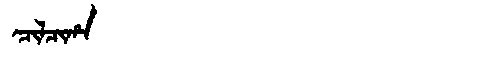
Manchu: ᠴᡳᠯᠴᡳᡥᠠ
Romanization: CILCIHA